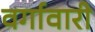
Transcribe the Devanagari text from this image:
वर्गावारी